Document type: Sale
Year: 1499
Scribe: Joan Martínez de Sòria
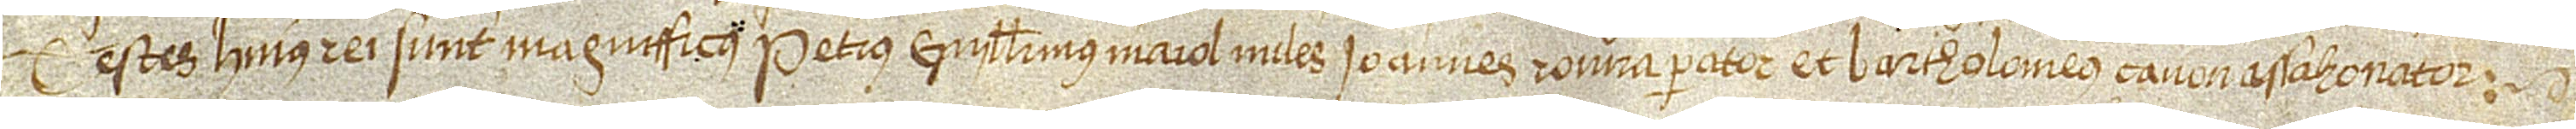
Testes huius rei sunt: magnificus Petrus Guillermus Maiol, miles, Ioannes Rovira, parator, et Bartholomeus Çanou, assahonador.